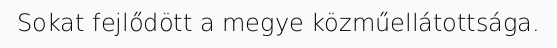
Sokat fejlődött a megye közműellátottsága.